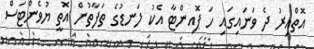
އޮތްއިރު ދެ ވަނައިގައި ހަ ޕޮއިންޓާ އެކު ލަނޑުގެ ތަފާތުން އޮތީ ޔުވެންޓަސް